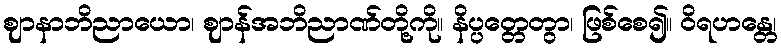
ဈာနာဘိညာယော၊ ဈာန်အဘိညာဏ်တို့ကို။ နိပ္ပတ္တေတွာ၊ ဖြစ်စေ၍။ ဝိရဟန္တေ၊